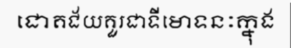
ជោគជ័យគួរជាទីមោទនៈក្នុង